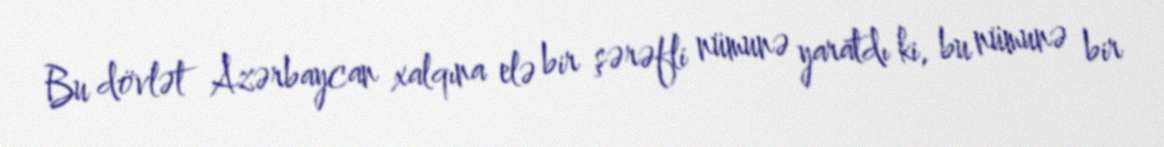
Bu dövlət Azərbaycan xalqına elə bir şərəfli nümunə yaratdı ki, bu nümunə bir